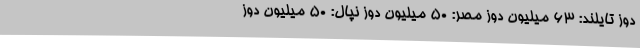
دوز تایلند: 63 میلیون دوز مصر: 50 میلیون دوز نپال: 50 میلیون دوز